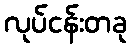
လုပ်ငန်းတခု